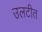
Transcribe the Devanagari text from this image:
उलटीत